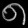
Digit: ၈